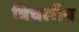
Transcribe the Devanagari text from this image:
त्रिचलीय